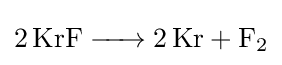
{\ce {2KrF -> 2Kr + F2}}